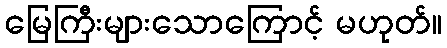
မြေကြီးများသောကြောင့် မဟုတ်။